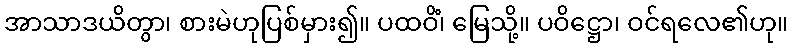
အာသာဒယိတွာ၊ စားမဲဟုပြစ်မှား၍။ ပထဝိံ၊ မြေသို့။ ပဝိဋ္ဌော၊ ဝင်ရလေ၏ဟု။